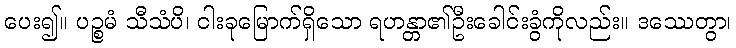
ပေး၍။ ပဉ္စမံ သီသံပိ၊ ငါးခုမြောက်ရှိသော ရဟန္တာ၏ဦးခေါင်းခွံကိုလည်း။ ဒဿေတွာ၊